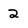
Character: 2